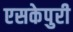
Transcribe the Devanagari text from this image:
एसकेपुरी